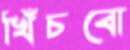
খিঁচবো